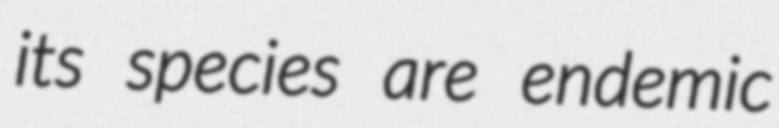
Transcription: its species are endemic